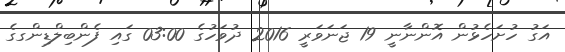
އަގު ހުށަހެޅުން އޮންނާނީ 19 ޖަނަވަރީ 2016 ދުވަހުގެ 03:00 ގައި ފެންބިލްޑިންގގެ